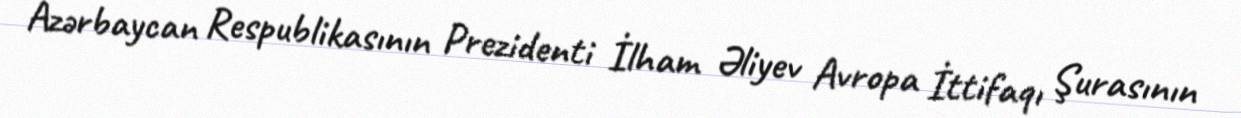
Azərbaycan Respublikasının Prezidenti İlham Əliyev Avropa İttifaqı Şurasının